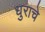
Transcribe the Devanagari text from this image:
धुराचे